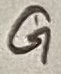
Text: G